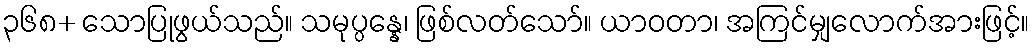
၃၆၈+ သောပြုဖွယ်သည်။ သမုပ္ပန္နေ၊ ဖြစ်လတ်သော်။ ယာဝတာ၊ အကြင်မျှလောက်အားဖြင့်။